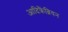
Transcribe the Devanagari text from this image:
आदिक्रैंब्रियन